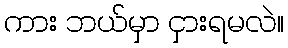
ကား ဘယ်မှာ ငှားရမလဲ။